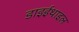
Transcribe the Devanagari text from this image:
डाइईथाइल